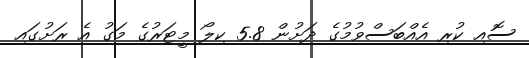
ސޮއި ކުރި އެއްބަސްވުމުގެ ދަށުން 5.8 ކިލޯ މީޓަރުގެ މަގު އެ ރަށުގައި